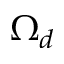
\Omega _ { d }